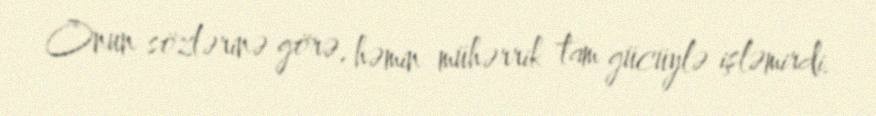
Onun sözlərinə görə, həmin mühərrik tam gücüylə işləmirdi.